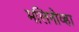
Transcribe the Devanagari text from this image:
मलिनोव्हा